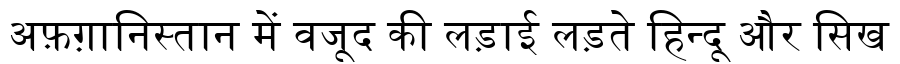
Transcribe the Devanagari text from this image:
अफ़ग़ानिस्तान में वजूद की लड़ाई लड़ते हिन्दू और सिख